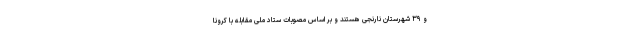
و ۳۹ شهرستان نارنجی هستند و بر اساس مصوبات ستاد ملی مقابله با کرونا